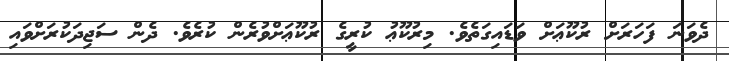
ދެވަނަ ފަހަރަށް ރުކޫޢަށް ވަޑައިގަތެވެ. މިރުކޫޢު ކުރީގެ ރުކޫޢަށްވުރެން ކުރެވެ. ދެން ސަޖިދަކުރަށްވައި